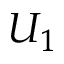
U _ { 1 }